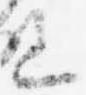
上